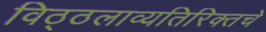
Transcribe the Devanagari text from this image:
विठ्ठलाव्यतिरिक्तचे